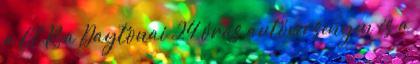
a C7.R a Daytonai 24 órás autóversenyen és a